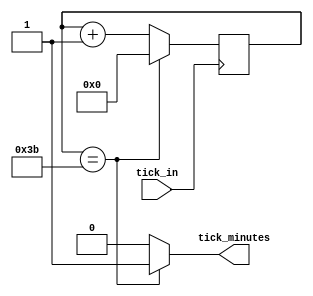
// This program was cloned from: https://github.com/FPGADude/Digital-Design
// License: GNU General Public License v3.0

`timescale 1ns / 1ps

// For 7-segment display clock
// Authored by David J Marion

module seconds(
    input tick_in,          // 1Hz
    output tick_minutes
    );
    
    reg [5:0] seconds_counter = 0;
    
    always @(posedge tick_in) begin
        if(seconds_counter == 59)
            seconds_counter <= 0;
        else
            seconds_counter <= seconds_counter + 1;
    end
    
    assign tick_minutes = (seconds_counter == 59) ? 1 : 0;
    
endmodule